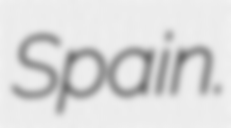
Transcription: Spain.